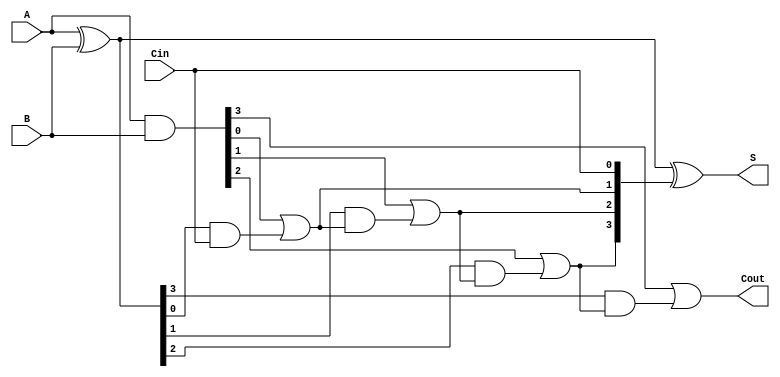
module CLA #(parameter n = 4) (
    input [n-1:0] A,      // First n-bit input
    input [n-1:0] B,      // Second n-bit input
    input Cin,            // Carry-in
    output [n-1:0] S,     // n-bit sum output
    output Cout           // Carry-out
);
    wire [n-1:0] G;       // Generate signals
    wire [n-1:0] P;       // Propagate signals
    wire [n:0] C;         // Carry signals, C[0] = Cin

    // Generate and Propagate calculations
    assign G = A & B;              // Generate: G_i = A_i * B_i
    assign P = A ^ B;              // Propagate: P_i = A_i ^ B_i

    // Carry logic
    assign C[0] = Cin;             // Initial carry
    genvar i;
    generate
      for (i = 0; i < n; i = i + 1) begin : carry_logic
          assign C[i+1] = G[i] | (P[i] & C[i]); // Carry: C_{i+1} = G_i + (P_i * C_i)
      end
    endgenerate
    
    // Sum calculation
    assign S = P ^ C[n-1:0];        // Sum: S_i = P_i ^ C_i
    assign Cout = C[n];             // Final carry-out

endmodule